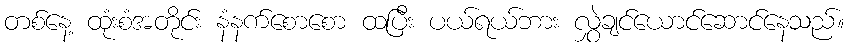
တစ်နေ့ ထုံးစံအတိုင်း နံနက်စောစော ထပြီး ပယ်ရယ်ဘား လွှဲချင်ယောင်ဆောင်နေသည်။